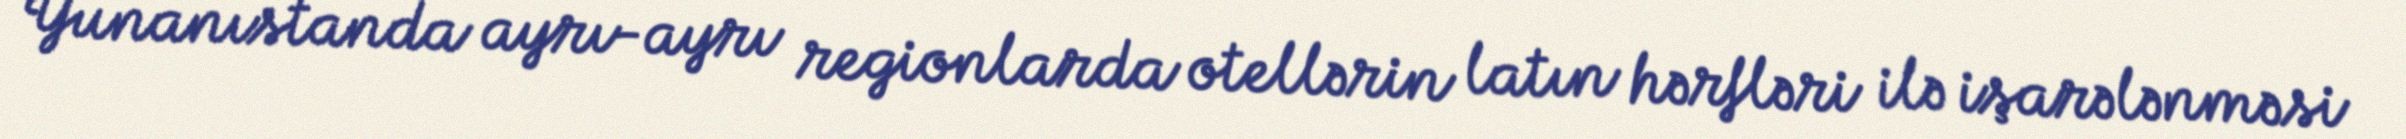
Yunanıstanda ayrı-ayrı regionlarda otellərin latın hərfləri ilə işarələnməsi